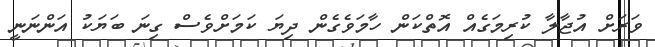
ވަރަށް އުޖާލާ ކުރިމަގެއް އޮތްކަން ހާމަވެގެން ދިޔަ ކަމަށްވެސް ގިނަ ބަޔަކު އަންނަނީ